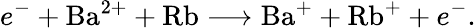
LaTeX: e^{-}+\mathrm{Ba}^{2+}+\mathrm{Rb}\longrightarrow\mathrm{Ba}^{+}+\mathrm{Rb}^{+}+e^{-}.